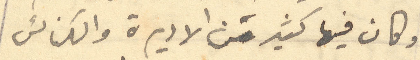
وكان فيها كثير من الاديرة والكنائس